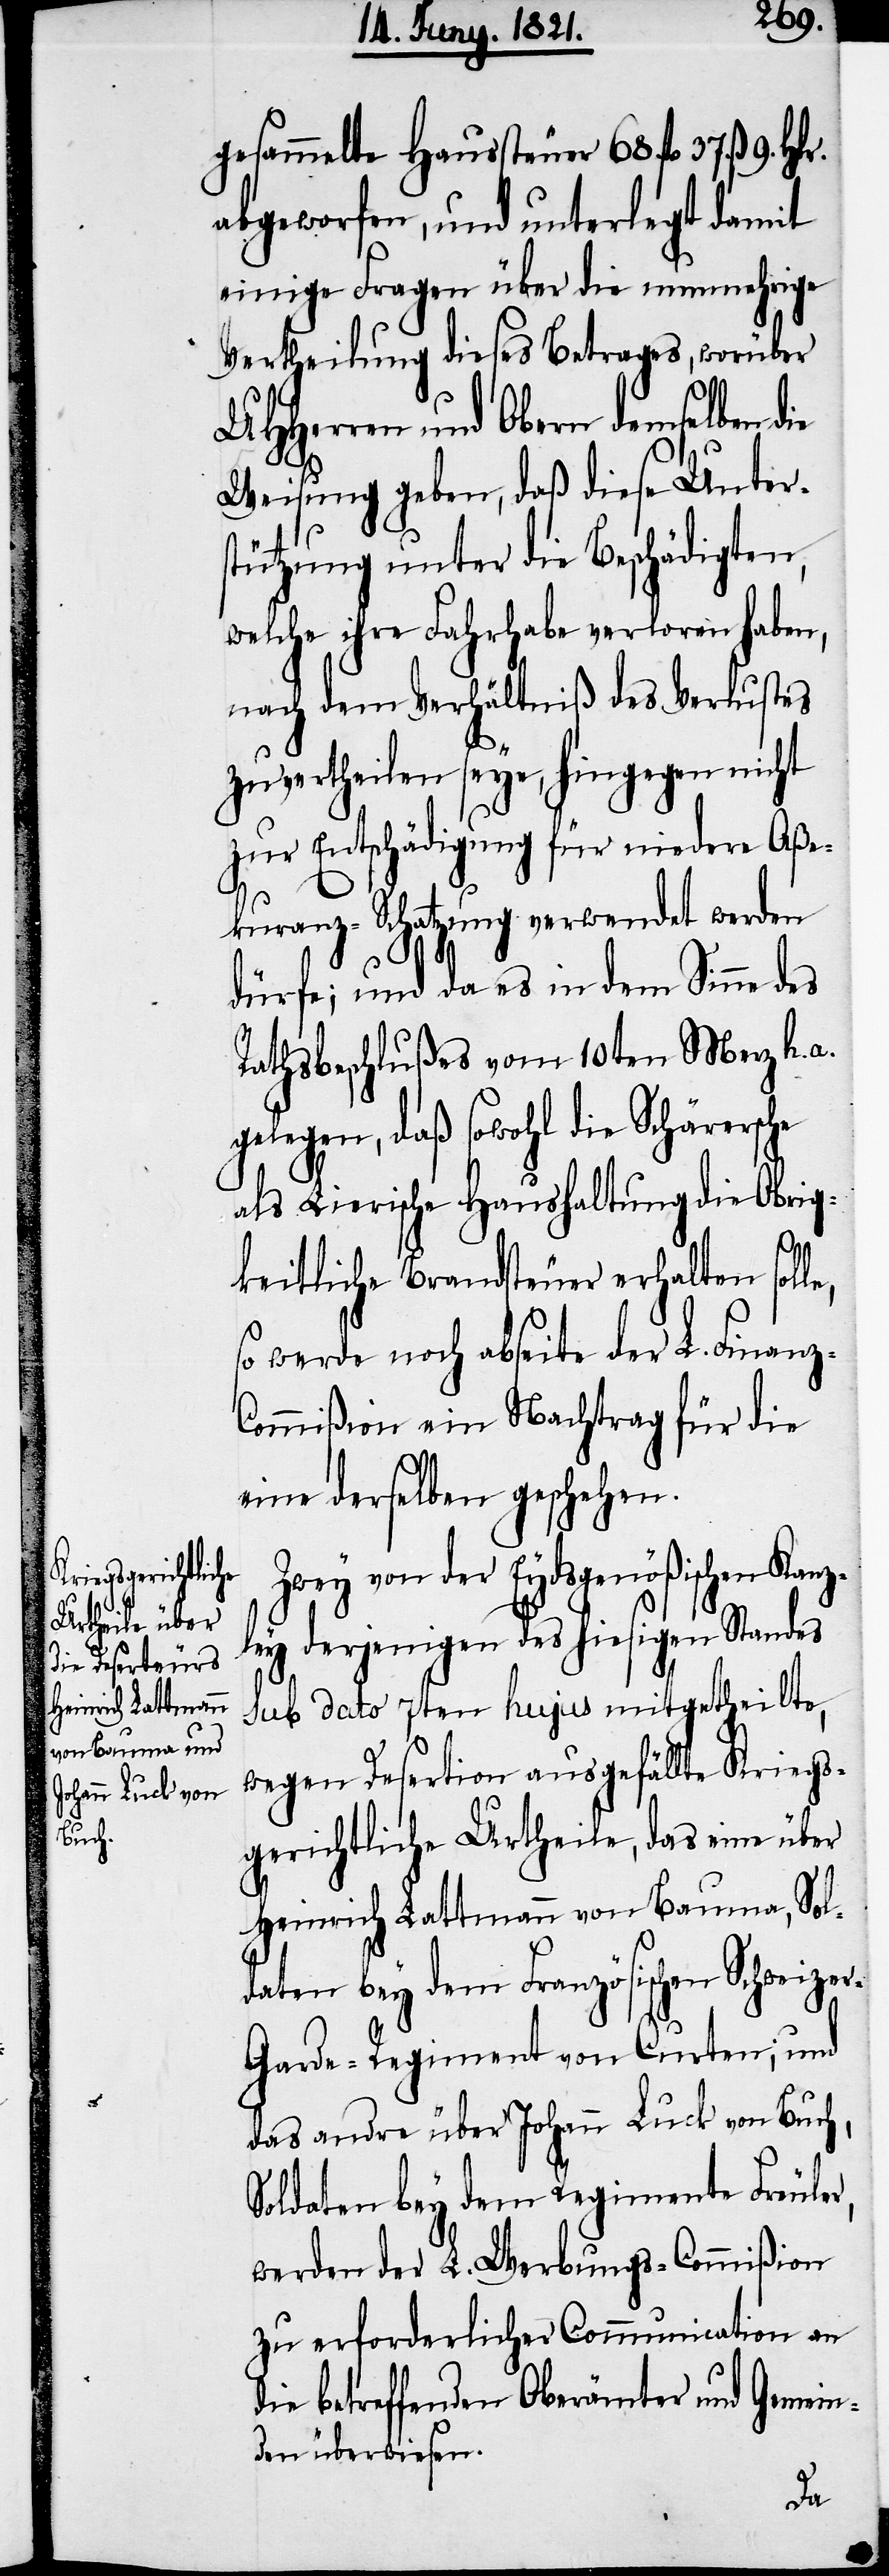
gesammelte Haussteuer 68. fl. 37. ß 9.
abgeworfen, und unterlegt damit
einige Fragen über die nunmehrige
Vertheilung dieses Betrages, worüber
UHHerren und Obern demselben die
Weisung geben, daß diese Unter¬
stützung unter die Beschädigten,
welche ihre Fahrhabe verloren haben,
nach dem Verhältniß des Verlustes
zu vertheilen seye, hingegen nicht
zur Entschädigung für niedere Aße¬
kuranz-Schatzung verwendet werden
dürfe; und da es in dem Sinne des
Rathsbeschlußes vom 10ten Merz h. a.
gelegen, daß sowohl die Schärersche
als Lierische Haushaltung die Obrig¬
keitliche Brandsteuer erhalten soll¬
so werde noch abseite der L. Finanz-C¬
ommißion ein Nachtrag für die
eine derselben geschehen.
Zwey von der Eydsgenößischen Kanz¬
ley derjenigen des hiesigen Standes
sub dato 7ten hujus mitgetheilte,
wegen Desertion ausgefällte Kriegs¬
gerichtliche Urtheile, das eine über
Heinrich Lattmann von Bauma, Sol¬
daten bey dem Französischen Schweize¬
r-Garde-Regiment von Curten; und
das andre über Johann Luck von Buch,
Soldaten bey dem Regimente Freuler,
werden der L. Werbungs-Commißion
zu erforderlichen Communication an
die betreffenden Oberämter und Gemein¬
den überwiesen.
e,